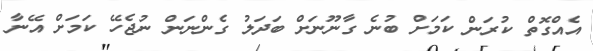
އެއްގޮތް ކުރަން ކަމަށް ބުނެ ގާނޫނަށް ބަދަލު ގެންނަން ނުޖެހޭ ކަމަށް އޭނާ